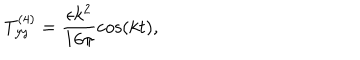
LaTeX: T _ { y y } ^ { ( 4 ) } = \frac { \epsilon k ^ { 2 } } { 1 6 \pi } \cos ( k t ) ,